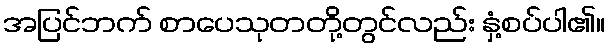
အပြင်ဘက် စာပေသုတတို့တွင်လည်း နှံ့စပ်ပါ၏။